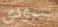
بيبودي